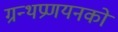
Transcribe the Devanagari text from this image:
ग्रन्थप्रणयनकाे